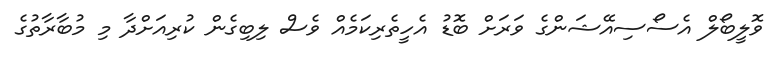
ވޮލީބޯލް އެސޯސިއޭޝަންގެ ވަރަށް ބޮޑު އެހީތެރިކަމެއް ވެސް ލިބިގެން ކުރިއަށްދާ މި މުބާރާތުގެ